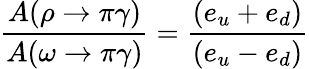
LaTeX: \frac{A(\rho\rightarrow\pi\gamma)}{A(\omega\rightarrow\pi\gamma)}=\frac{(e_{u}+e_{d})}{(e_{u}-e_{d})}